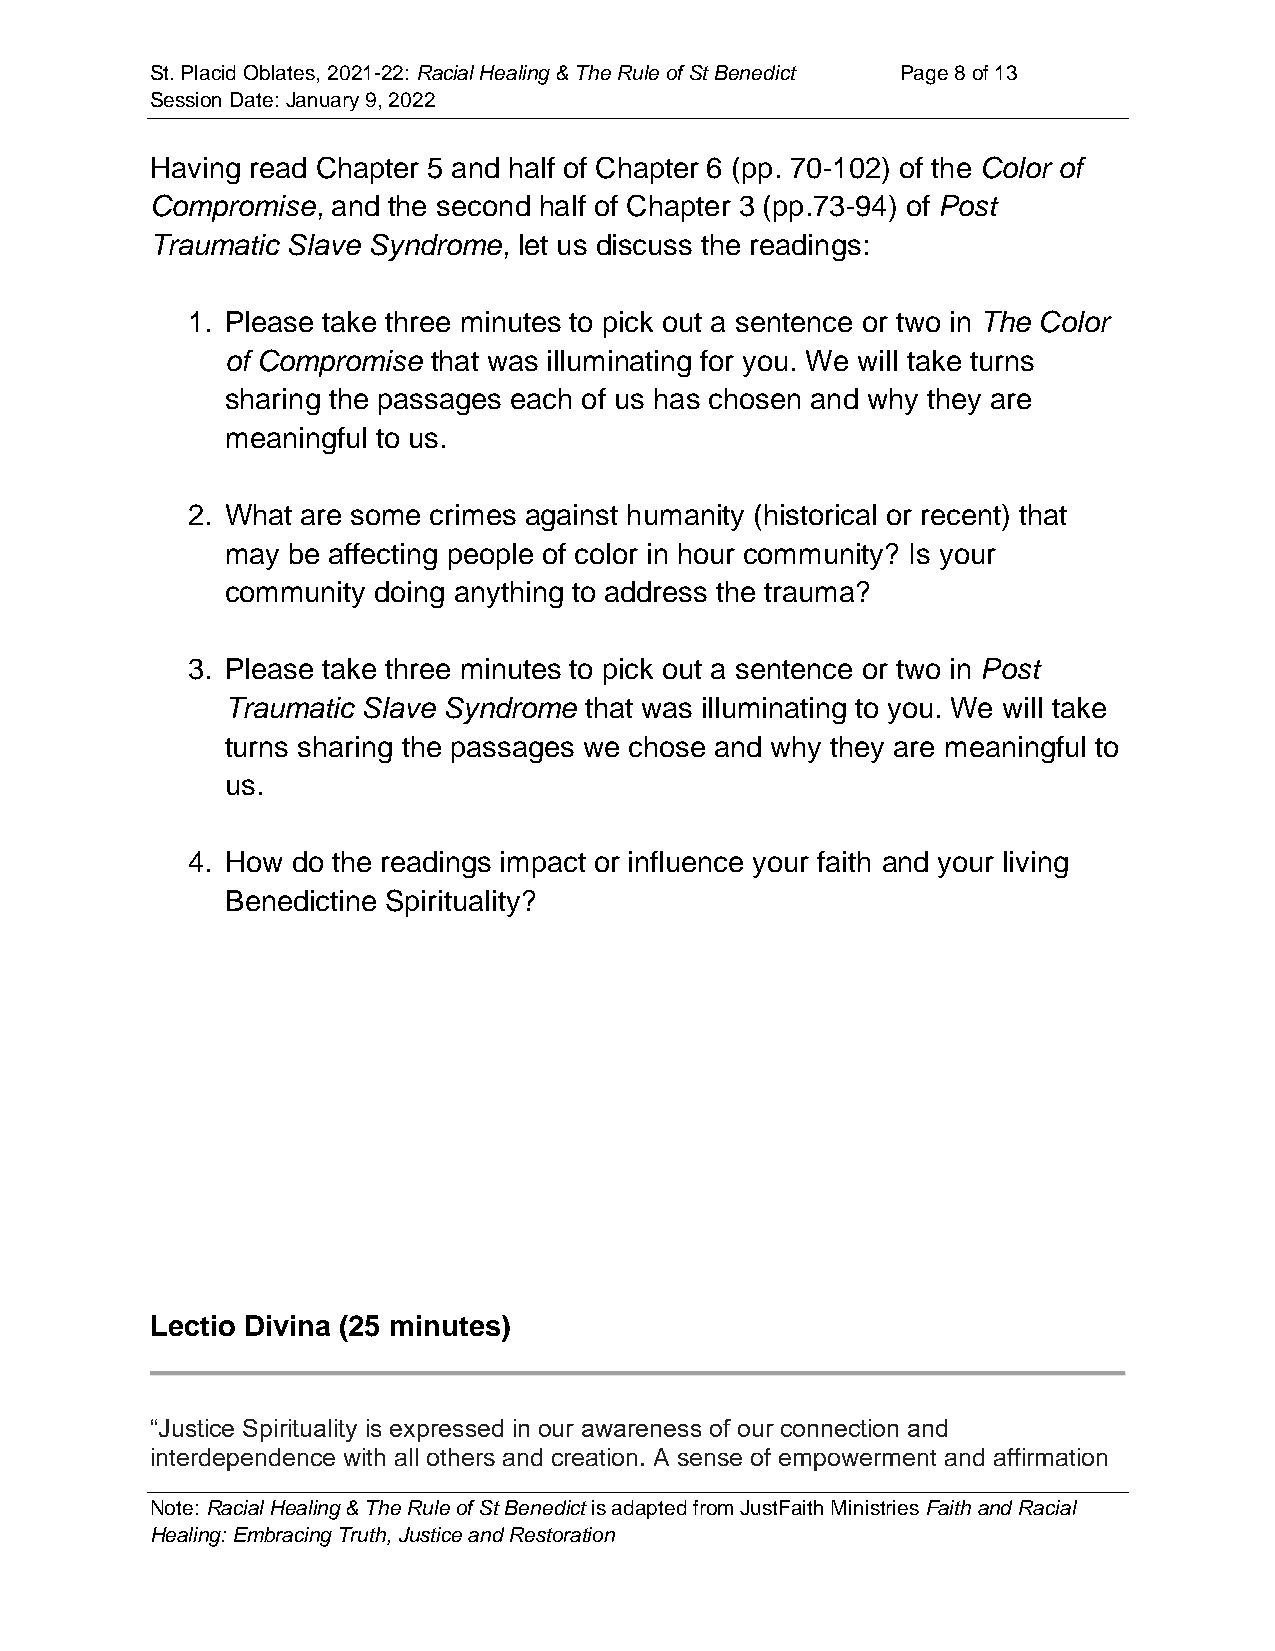
St. Placid Oblates, 2021-22: Racial Healing & The Rule of St Benedict Page 8 of 13
 Session Date: January 9, 2022
 Having read Chapter 5 and half of Chapter 6 (pp. 70-102) of the Color of
 Compromise, and the second half of Chapter 3 (pp.73-94) of Post
 Traumatic Slave Syndrome, let us discuss the readings:
 1. Please take three minutes to pick out a sentence or two in The Color
 of Compromise that was illuminating for you. We will take turns
 sharing the passages each of us has chosen and why they are
 meaningful to us.
 2. What are some crimes against humanity (historical or recent) that
 may be affecting people of color in hour community? Is your
 community doing anything to address the trauma?
 3. Please take three minutes to pick out a sentence or two in Post
 Traumatic Slave Syndrome that was illuminating to you. We will take
 turns sharing the passages we chose and why they are meaningful to
 us.
 4. How do the readings impact or influence your faith and your living
 Benedictine Spirituality?
 Lectio Divina (25 minutes)
 “Justice Spirituality is expressed in our awareness of our connection and
 interdependence with all others and creation. A sense of empowerment and affirmation
 Note: Racial Healing & The Rule of St Benedict is adapted from JustFaith Ministries Faith and Racial
 Healing: Embracing Truth, Justice and Restoration